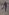
Text: 1